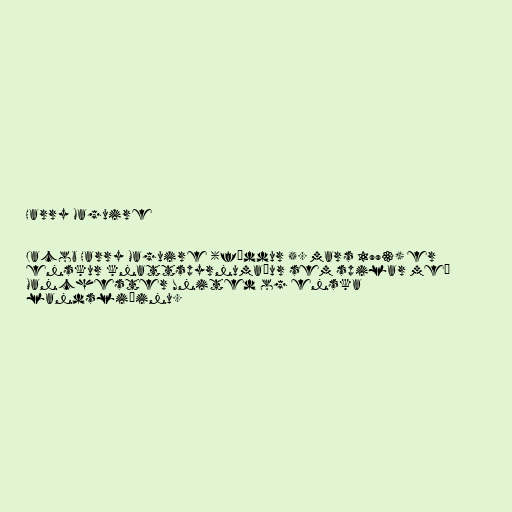
Harry Maguire

Jacob Harry Maguire (fæddur 5. mars 1993) er
enskur knattspyrnumaður sem spilar með
Manchester United og enska
landsliðinu.